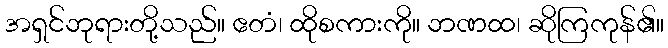
အရှင်ဘုရားတို့သည်။ ဧတံ၊ ထိုစကားကို။ ဘဏထ၊ ဆိုကြကုန်၏။